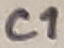
Text: C1